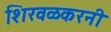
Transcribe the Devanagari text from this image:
शिरवळकरनी